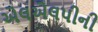
એલએલપીની